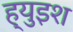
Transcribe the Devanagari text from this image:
ह्युइश